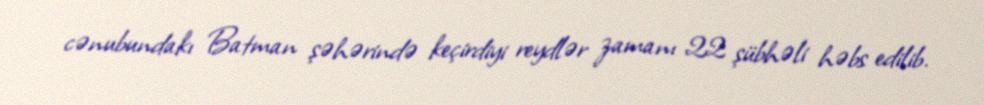
cənubundakı Batman şəhərində keçirdiyi reydlər zamanı 22 şübhəli həbs edilib.